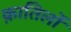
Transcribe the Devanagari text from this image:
क़ातिलों